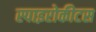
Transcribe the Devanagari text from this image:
स्पाइरोकीटस